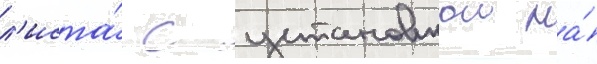
л'иста́ с установкои на́